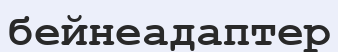
бейнеадаптер